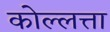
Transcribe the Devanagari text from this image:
कोल्लत्ता